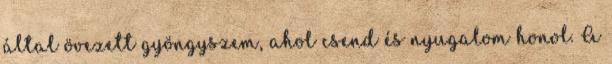
által övezett gyöngyszem, ahol csend és nyugalom honol. A